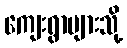
ကျေးရွာများသို့